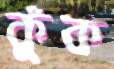
কুঁক